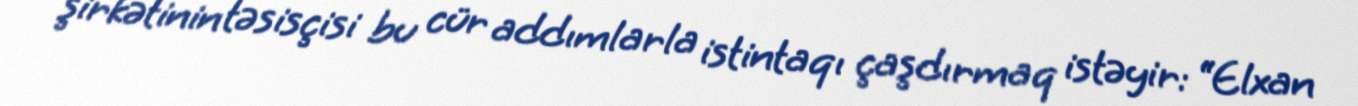
şirkətinin təsisçisi bu cür addımlarla istintaqı çaşdırmaq istəyir: “Elxan